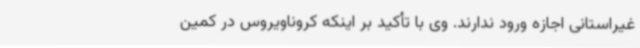
غیراستانی اجازه ورود ندارند. وی با تأکید بر اینکه کروناویروس در کمین